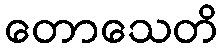
တောသေတိ